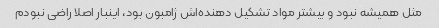
مثل همیشه نبود و بیشتر مواد تشکیل دهنده‌اش ژامبون بود، اینبار اصلا راضی نبودم